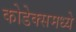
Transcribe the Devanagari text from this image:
कोडेक्समध्ये